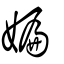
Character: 媥